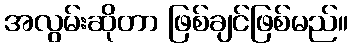
အလွမ်းဆိုတာ ဖြစ်ချင်ဖြစ်မည်။